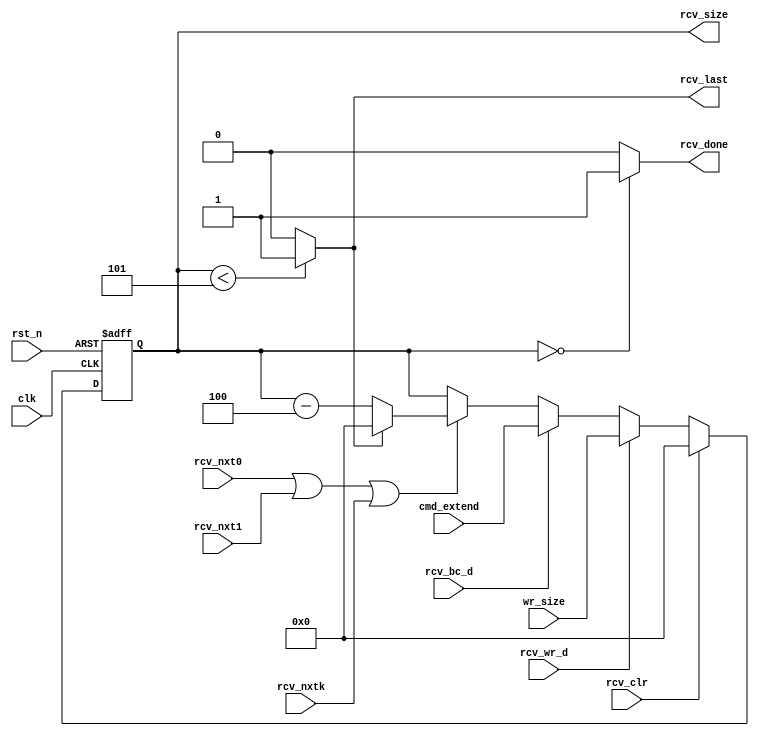
module rcv_ctrl (/*AUTOARG*/
   // Outputs
   rcv_last, rcv_done, rcv_size,
   // Inputs
   clk, rst_n, wr_size, cmd_extend, rcv_wr_d, rcv_bc_d, rcv_clr, rcv_nxt0,
   rcv_nxt1, rcv_nxtk
   ) ;
   // System Input
   input           clk, rst_n;

   input  [15:0]   wr_size;
   input  [15:0]   cmd_extend;

   input           rcv_wr_d;
   input           rcv_bc_d;
   input           rcv_clr;

   input           rcv_nxt0;
   input           rcv_nxt1;
   input           rcv_nxtk;

   output          rcv_last;
   output          rcv_done;
   output [15:0]   rcv_size;


   reg  [15:0]     rcv_size;

   wire [15:0]     rcv_size_sub;
   wire [15:0]     rcv_size_nxt;
   wire            rcv_done;
   wire            rcv_last;

   wire            rcv_en;

   assign rcv_size_sub = rcv_size - 16'd4;
   assign rcv_size_nxt = rcv_last ? 16'd0 : rcv_size_sub;
   assign rcv_last     = (rcv_size <  16'd5) ? 1 : 0;
   assign rcv_done     = (rcv_size == 16'd0) ? 1 : 0;

   assign rcv_en       = rcv_nxt0 | rcv_nxt1 | rcv_nxtk;


   always @ (posedge clk or negedge rst_n) begin
      if(!rst_n) begin
         rcv_size <= 16'd0;
      end else begin
         if(rcv_clr) begin
            rcv_size <= 16'd0;
         end else if(rcv_wr_d) begin
            rcv_size <= wr_size;
         end else if(rcv_bc_d) begin
            rcv_size <= cmd_extend;
         end else if(rcv_en) begin
            rcv_size <= rcv_size_nxt;
         end
      end
   end
endmodule // rcv_ctrl